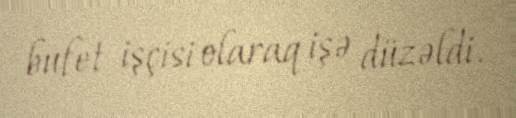
bufet işçisi olaraq işə düzəldi.